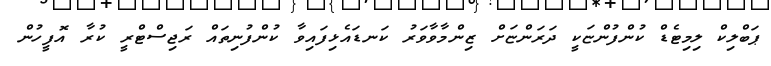
ޕަބްލިކް ލިމިޓެޑް ކުންފުންޏަކީ ދަރަންޏަށް ޒިންމާވާވަރު ކަނޑައެޅިފައިވާ ކުންފުނިތައް ރަޖިސްޓްރީ ކުރާ އޮފީހުން